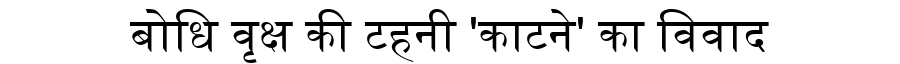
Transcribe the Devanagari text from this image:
बोधि वृक्ष की टहनी 'काटने' का विवाद